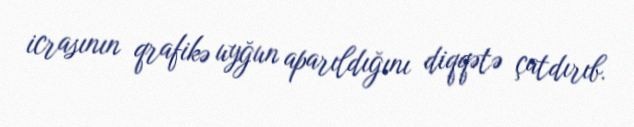
icrasının qrafikə uyğun aparıldığını diqqətə çatdırıb.